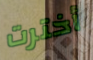
أخترت